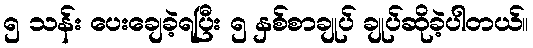
၅ သန်း ပေးချေခဲ့ရပြီး ၅ နှစ်စာချုပ် ချုပ်ဆိုခဲ့ပါတယ်။